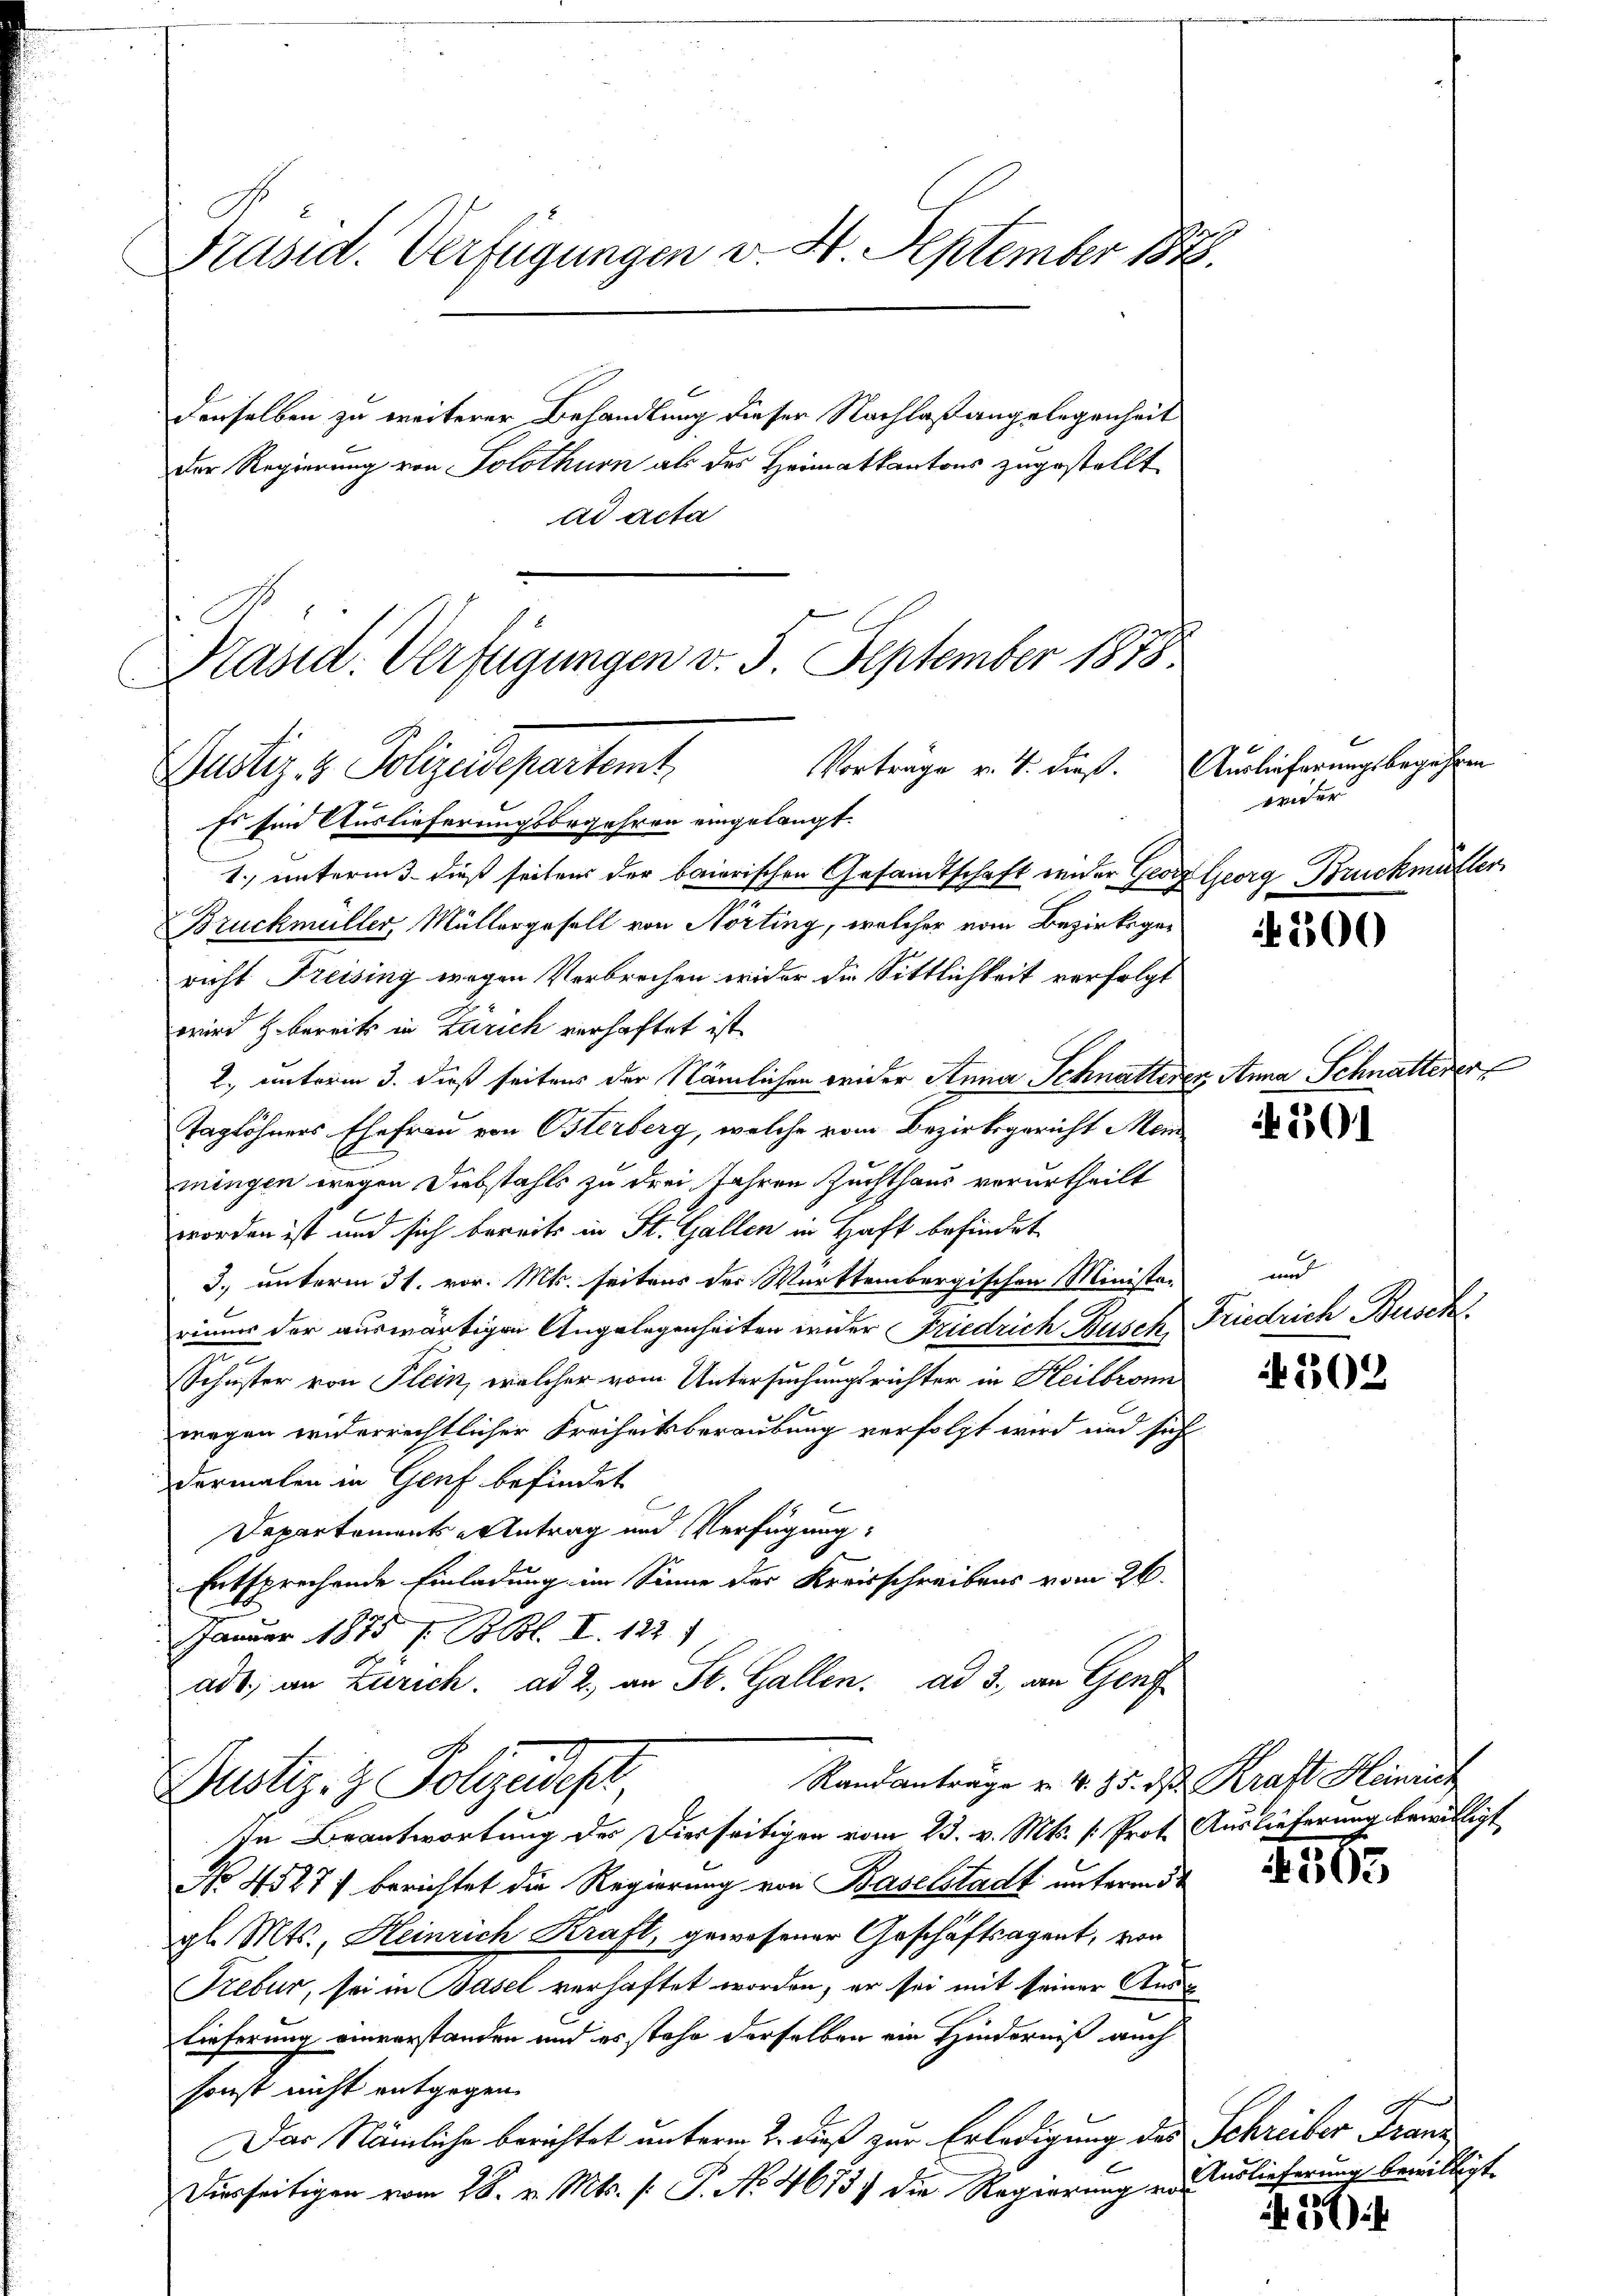
Präsid. Verfügungen v. 4. September 1878.

Vorträge v. 4. dieß.
Justiz- & Polizeidepartamt.

derselben zu weiterer Behandlung dieser Nachlaßangelegenheit
Der Regierung von Solothurn als des Heimatkantons zugestellt
ad acta
Präsid. Verfügungen v. 5. September 1878

Es sind Auslieferungsbegehren eingelangt.
1. unterm 3. dieß seitens der baierischen Gesamtschaft weder Georg Georg Bruckmütter
Bruckmüller, Müllergesell von Nörting, welcher vom Bezirksgericht Freising wegen Verbrechen wider die Sittlichkeit verfolgt
wird z. bereits in Zürich verhaftet ist.
2. unterm 3. dieß seitens der Nämlichen wider Anna Schnatterer Anna Schnatterer,
Taglöhners Ehefrau von Österberg, welche vom Bezirksgericht Mein
mingen wegen Diebstahls zu drei Jahren Zuchthaus verurtheilt
worden ist und sich bereits in St. Gallen in Haft befindet
3. unterm 31. vor. Mts. seitens der Württembergischen Ministe-
rinnes der auswärtigen Angelegenheiten wider Friedrich Busch, Friedrich Busch
Schuster von Flein, welcher vom Untersuchungsrichter in Heilbronn
1
wegen widerrechtlicher Freiheitsberaubung verfolgt wird und sich
dermalen in Genf befindet
Departements-Antrag und Verfügung:
Entsprechende Einladung im Sinne der Kreisschreibens vom 26.
Januar 1875 s. Bl. I. 1227
adt, an Zürich. ad 2. an St. Gallen. ad 3., an Genf

Randanträge u. 4. 85. ds Kraft Heinrich
Justiz- & Polizeidest

Auslieferungsbegehren
wider

In Beantwortung der Dierseitigen vom 23. v. Mts. /: Prot. Auslieferung bewilligt
No 4527) berichtet die Regierung von Baselstadt unterm 5t
gl. Mts., Heinrich Kraft, gewesener Geschäftsagent, von
Trebur, sei in Basel verhaftet worden, er sei mit seiner Auslieferung einverstanden und es stehe derselben ein Hinderniß auch
sonst nicht entgegen.
Das Nämliche berichtet unterm 2. dieß zur Erledigung des Schreiber Franz
Disseitigen vom 28. v. Mts. [: P. Nr. 46737 die Regierung er¬

200

4501

und

202

4565

Auslieferung bewilligt.

257)